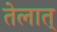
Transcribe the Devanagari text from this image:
तेलात्